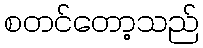
စတင်တော့သည်